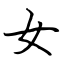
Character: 女